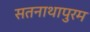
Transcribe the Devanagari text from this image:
सतनाथापुरम